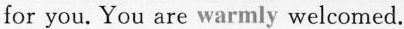
for you. You are warmly welcomed.